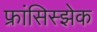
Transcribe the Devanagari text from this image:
फ्रांसिस्झेक